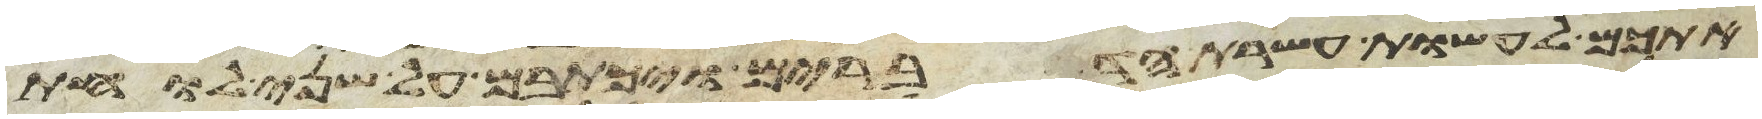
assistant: אתכם לעשות עשרת הדברים ויכתבם על שני לוחת